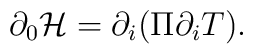
\partial_0{\cal H} = \partial_i(\Pi \partial_i T).